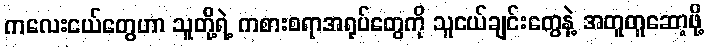
ကလေးငယ်တွေဟာ သူတို့ရဲ့ ကစားစရာအရုပ်တွေကို သူငယ်ချင်းတွေနဲ့ အတူတူဆော့ဖို့